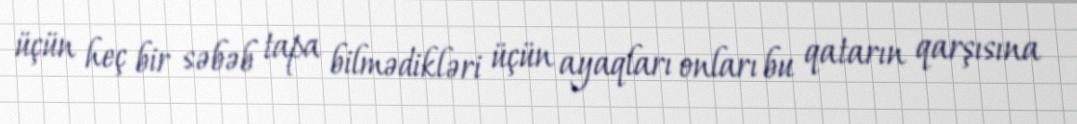
üçün heç bir səbəb tapa bilmədikləri üçün ayaqları onları bu qatarın qarşısına